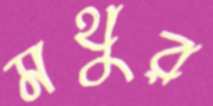
মথুর